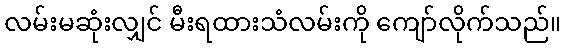
လမ်းမဆုံးလျှင် မီးရထားသံလမ်းကို ကျော်လိုက်သည်။